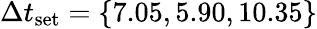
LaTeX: \Delta t_{\textrm{set}}=\{ 7.05,5.90,10.35\}